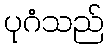
ပုဂံသည်